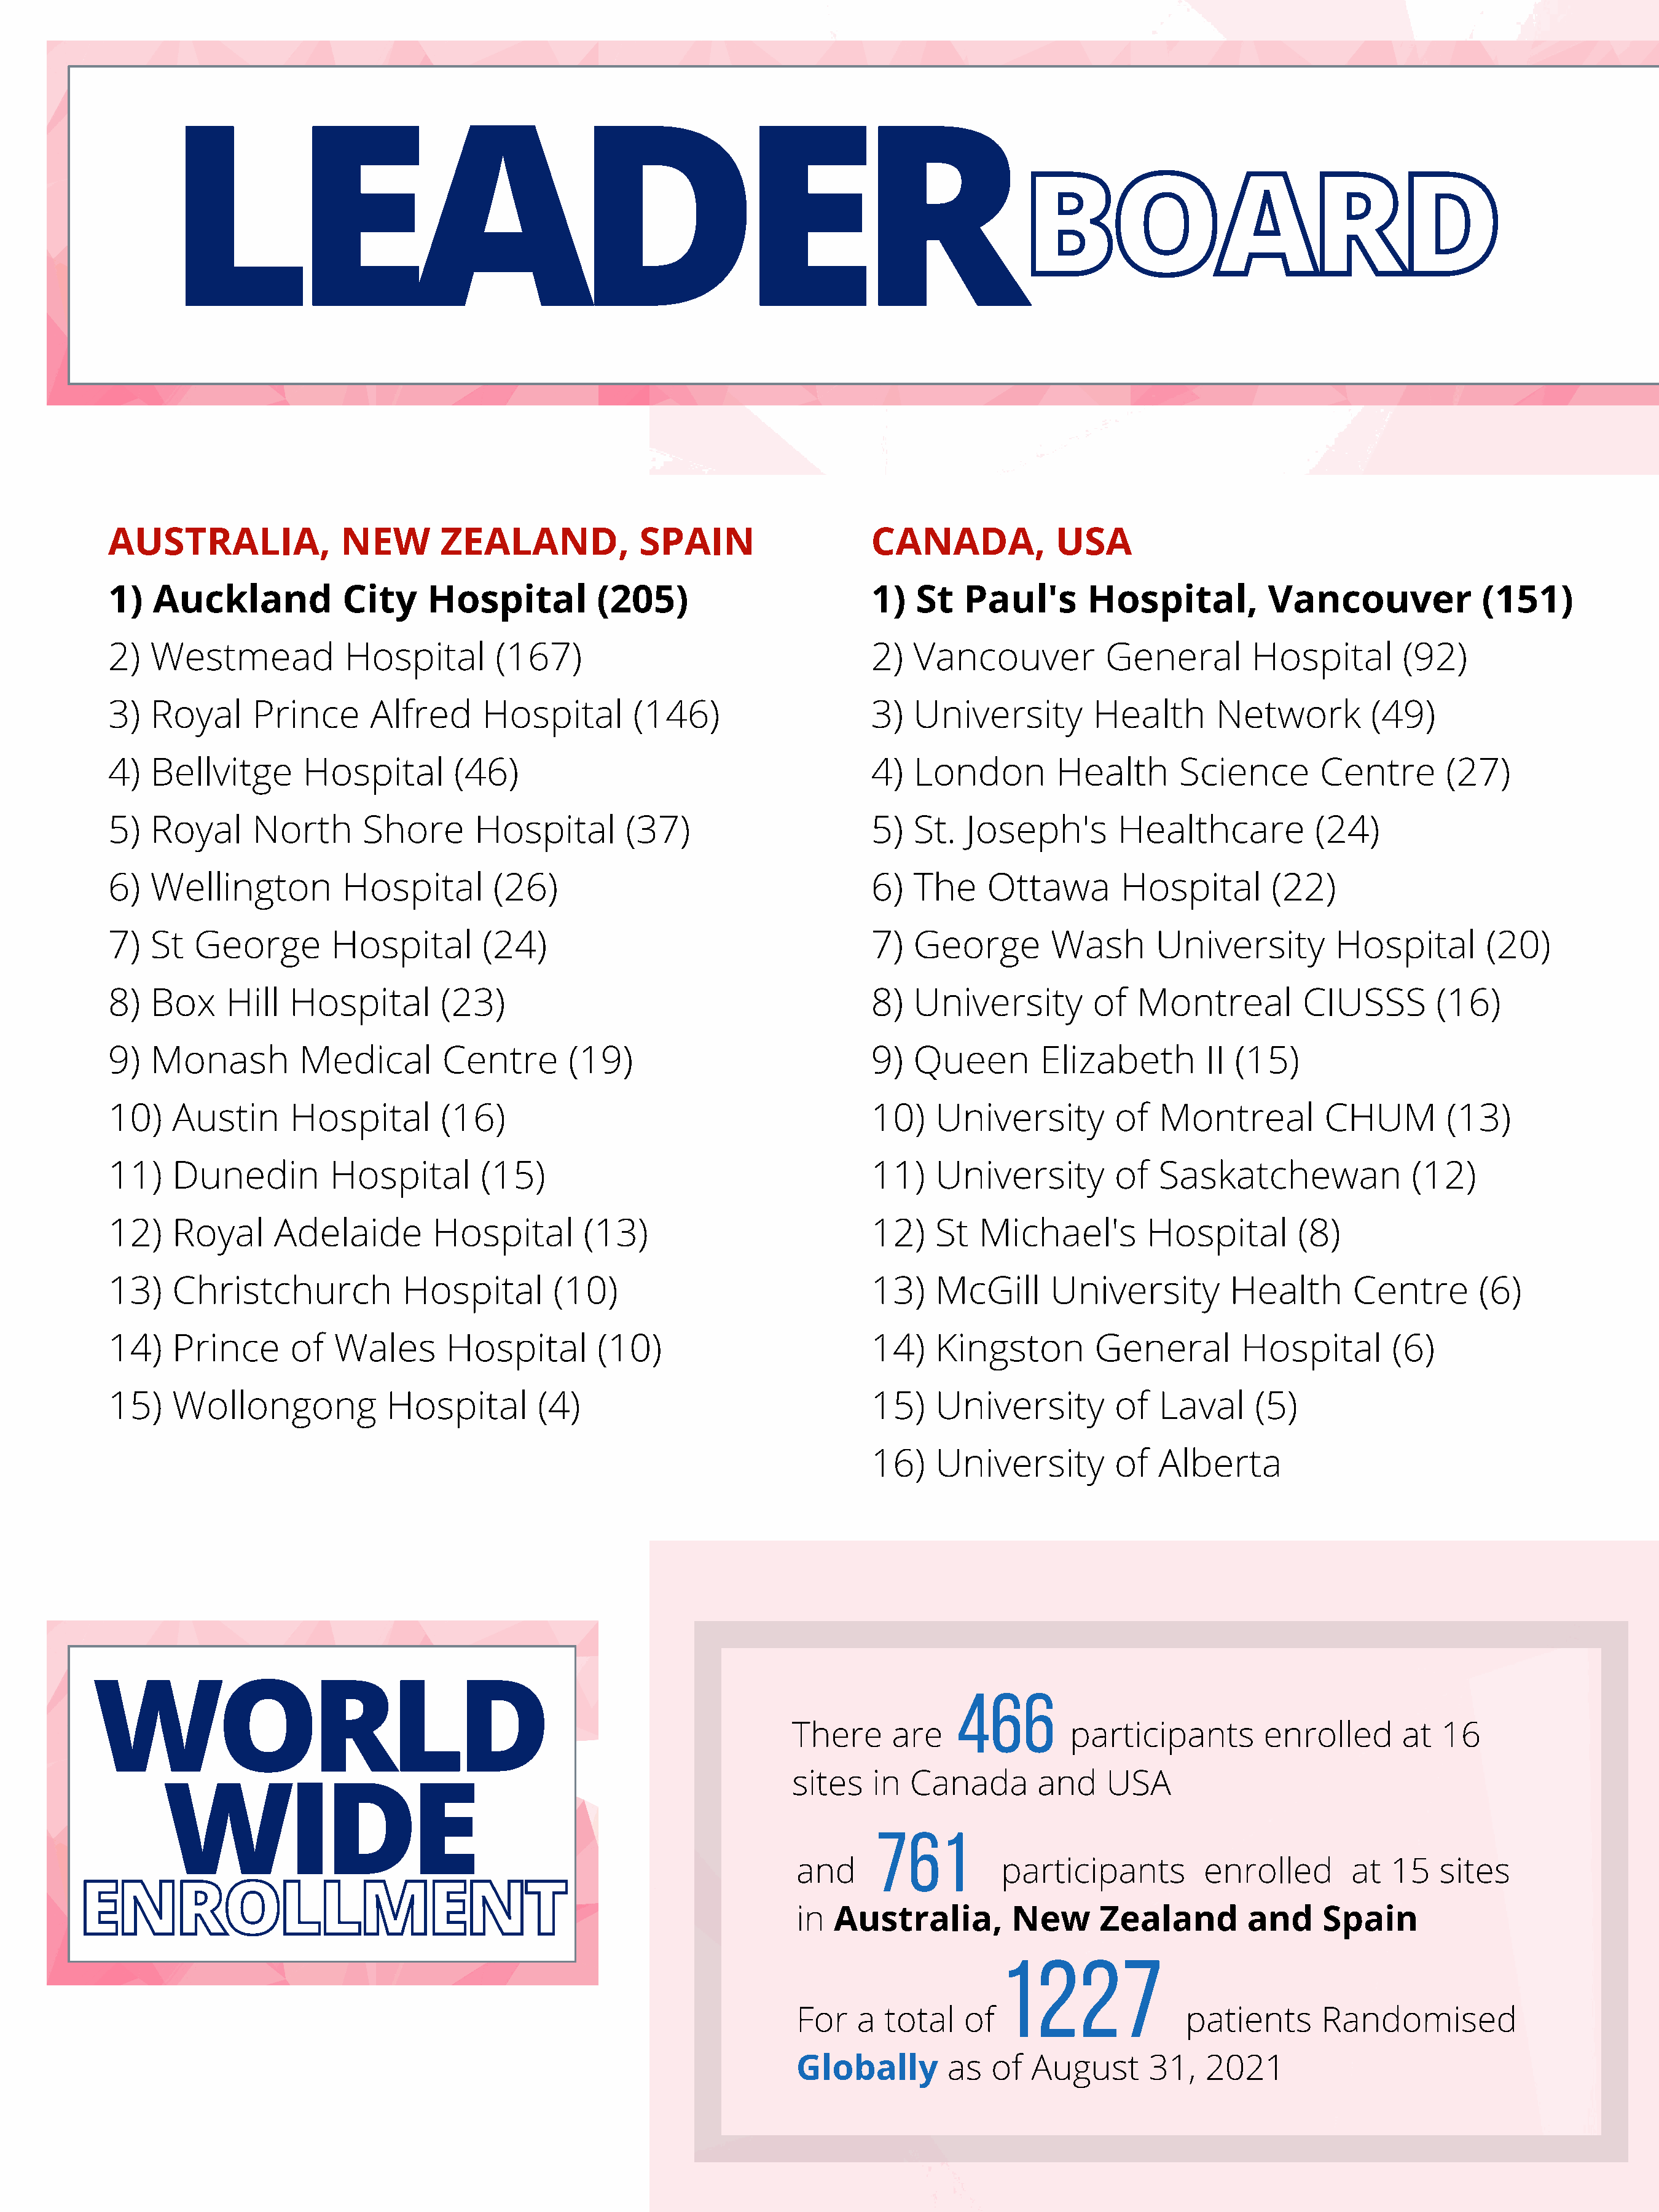
LEADER
 BOARD
 AUSTRALIA,               NEW       ZEALAND,              SPAIN                    CANADA,             USA
 1)  Auckland             City     Hospital          (205)                         1)   St   Paul's       Hospital,           Vancouver              (151)
 2)  Westmead             Hospital        (167)                                    2)  Vancouver            General         Hospital        (92)
 3)  Royal      Prince       Alfred      Hospital        (146)                     3)  University          Health       Network          (49)
 4)  Bellvitge        Hospital        (46)                                         4)  London          Health       Science        Centre        (27)
 5)  Royal      North       Shore       Hospital        (37)                       5)  St.   Joseph's        Healthcare            (24)
 6)  Wellington           Hospital        (26)                                     6)  The     Ottawa         Hospital        (22)
 7)  St   George         Hospital        (24)                                      7)  George         Wash        University         Hospital        (20)
 8)  Box     Hill   Hospital         (23)                                          8)  University          of   Montreal         CIUSSS         (16)
 9)  Monash          Medical         Centre       (19)                             9)  Queen         Elizabeth         II (15)
 10)    Austin      Hospital         (16)                                          10)    University         of   Montreal          CHUM         (13)
 11)    Dunedin          Hospital        (15)                                      11)    University         of   Saskatchewan               (12)
 12)    Royal      Adelaide         Hospital        (13)                           12)    St  Michael's          Hospital        (8)
 13)    Christchurch            Hospital         (10)                              13)    McGill      University          Health       Centre       (6)
 14)    Prince      of   Wales       Hospital        (10)                          14)    Kingston         General         Hospital        (6)
 15)    Wollongong             Hospital        (4)                                 15)    University         of   Laval     (5)
 16)    University         of   Alberta
 WORLD
 466
 There      are                participants         enrolled       at  16
 sites    in  Canada        and    USA
 WIDE
 761
 and                   participants          enrolled        at  15   sites
 ENROLLMENT
 in  Australia,         New      Zealand         and     Spain
 1227
 For   a  total    of                      patients      Randomised
 Globally        as   of  August       31,   2021